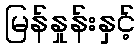
မြန်နှုန်းနှင့်